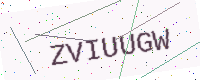
Text: ZVIUUGW